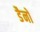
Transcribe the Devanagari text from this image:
डैनो